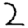
Digit: 2